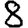
Digit: 8